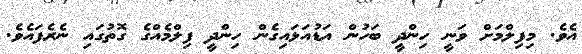
އެވެ. މިފިލްމަށް ވަނީ ހިންދީ ބަހުން އަޑުއަޅައިގެން ހިންދީ ފިލްމެއްގެ ގޮތުގައި ނެރެފައެވެ.